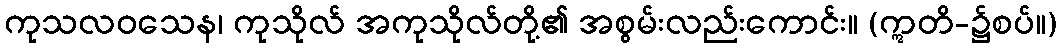
ကုသလဝသေန၊ ကုသိုလ် အကုသိုလ်တို့၏ အစွမ်းလည်းကောင်း။ (ဣတိ-၌စပ်။)